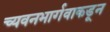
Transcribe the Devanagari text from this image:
च्यवनभार्गवाकडून